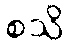
စသိ